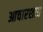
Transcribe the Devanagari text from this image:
आचारशात्र